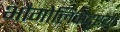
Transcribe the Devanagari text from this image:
भौगोलिकदृष्टय़ा